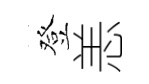
登恙